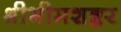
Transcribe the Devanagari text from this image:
श्रीभीमशङ्कर